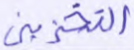
التخزين